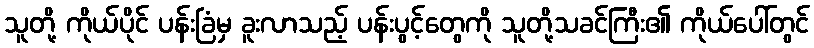
သူတို့ ကိုယ်ပိုင် ပန်းခြံမှ ခူးလာသည့် ပန်းပွင့်တွေကို သူတို့သခင်ကြီး၏ ကိုယ်ပေါ်တွင်